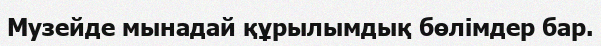
Музейде мынадай құрылымдық бөлімдер бар.